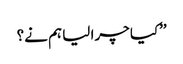
’’کیا چرا لیا ہم نے؟